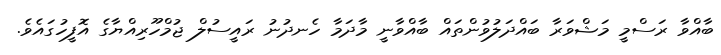
ބާއްވާ ރަސްމީ މަޝްވަރާ ބައްދަލުވުންތައް ބާއްވާނީ މާދަމާ ހެނދުނު ރައީސުލް ޖުމްހޫރިއްޔާގެ އޮފީހުގައެވެ.